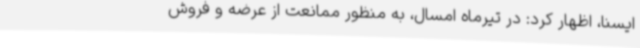
ایسنا، اظهار کرد: در تیرماه امسال، به منظور ممانعت از عرضه و فروش